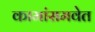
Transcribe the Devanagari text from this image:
कामांसमवेत